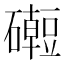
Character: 𥗅